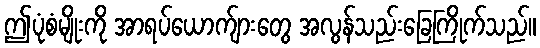
ဤပုံစံမျိုးကို အာရပ်ယောက်ျားတွေ အလွန်သည်းခြေကြိုက်သည်။